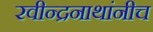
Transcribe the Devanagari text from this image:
रवीन्द्रनाथांनीच